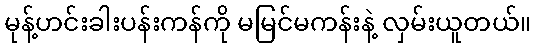
မုန့်ဟင်းခါးပန်းကန်ကို မမြင်မကန်းနဲ့ လှမ်းယူတယ်။